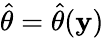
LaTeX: {\widehat{\theta}}={\widehat{\theta}}(\mathbf{y})